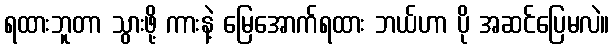
ရထားဘူတာ သွားဖို့ ကားနဲ့ မြေအောက်ရထား ဘယ်ဟာ ပို အဆင်ပြေမလဲ။